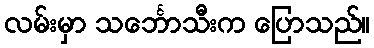
လမ်းမှာ သင်္ဘောသီးက ပြောသည်။